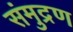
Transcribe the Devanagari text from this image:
संमुद्रण